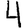
Digit: 4